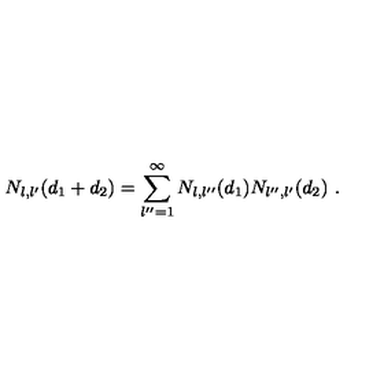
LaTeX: N _ { l , l ^ { \prime } } ( d _ { 1 } + d _ { 2 } ) = \sum _ { l ^ { \prime \prime } = 1 } ^ { \infty } N _ { l , l ^ { \prime \prime } } ( d _ { 1 } ) N _ { l ^ { \prime \prime } , l ^ { \prime } } ( d _ { 2 } ) \ .